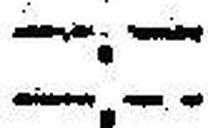
—.—